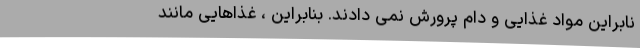
نابراین مواد غذایی و دام پرورش نمی دادند. بنابراین ، غذاهایی مانند